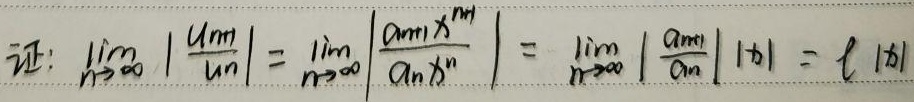
\[
\text{证: }\lim_{n \to \infty} \left|\frac{u_{n + 1}}{u_{n}}\right|=\lim_{n \to \infty} \left|\frac{a_{n + 1}x^{n+1}}{a_{n}x^{n}}\right|=\lim_{n \to \infty} \left|\frac{a_{n + 1}}{a_{n}}\right||x| = \ell|x|
\]